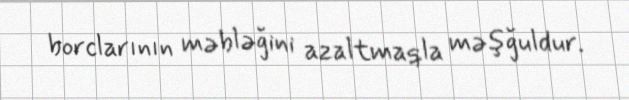
borclarının məbləğini azaltmaqla məşğuldur.